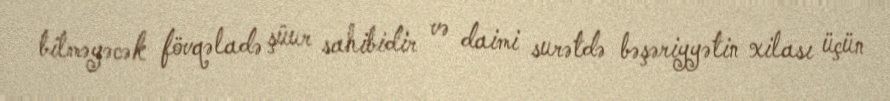
bilməyəcək fövqəladə şüur sahibidir və daimi surətdə bəşəriyyətin xilası üçün